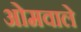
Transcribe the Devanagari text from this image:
ओमवाले